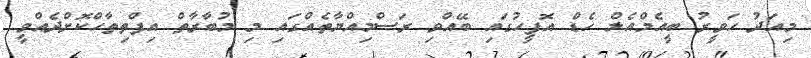
މިއަދު ހަވީރު ބީއެމްއެލް ހެޑް އޮފީހުގައި ބޭއްވި ރަސްމިއްޔާތެއްގައި މި މުބާރާތް އިފްތިތާހްކޮށްދެއްވީ